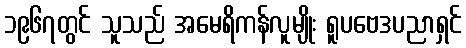
၁၉၆၇တွင် သူသည် အမေရိကန်လူမျိုး ရူပဗေဒပညာရှင်